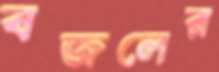
বজলের